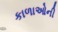
કાળાઓની